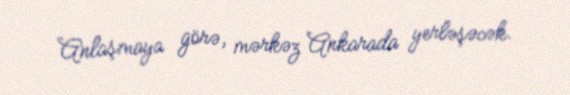
Anlaşmaya görə, mərkəz Ankarada yerləşəcək.